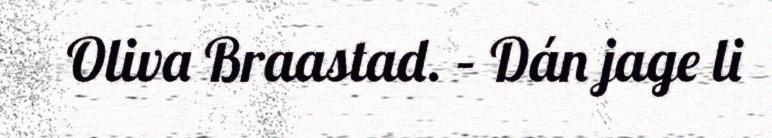
Oliva Braastad. – Dán jage li